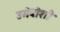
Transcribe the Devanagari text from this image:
उमेबोशी